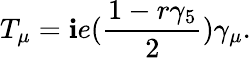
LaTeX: T_{\mu}=\mathbf{i}e({\frac{{1-r\gamma_{5}}}{{2}}})\gamma_{\mu}.